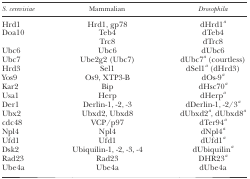
| S. cerevisiae | Mammalian | Drosophila |
 | --- | --- | --- |
 | Hrd1 | Hrd1, gp78 | dHrd1a |
 | Doa10 | Teb4 | dTeb4 |
 |  | Trc8 | dTrc8 |
 | Ubc6 | Ubc6 | dUbc6 |
 | Ubc7 | Ube2g2 (Ubc7) | dUbc7a (courtless) |
 | Hrd3 | Sel1 | dSel1a (dHrd3) |
 | Yos9 | Os9, XTP3-B | dOs-9a |
 | Kar2 | Bip | dHsc70a |
 | Usa1 | Herp | dHerpa |
 | Der1 | Derlin-1, -2, -3 | dDerlin-1, -2/3a |
 | Ubx2 | Ubxd2, Ubxd8 | dUbxd2a, dUbxd8a |
 | cdc48 | VCP/p97 | dTer94a |
 | Npl4 | Npl4 | dNpl4a |
 | Ufd1 | Ufd1 | dUfd1a |
 | Dsk2 | Ubiquilin-1, -2, -3, -4 | dUbiquilina |
 | Rad23 | Rad23 | DHR23a |
 | Ube4a | Ube4a | dUbe4a |